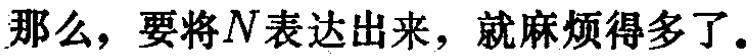
那么，要将\(N\)表达出来，就麻烦得多了。